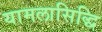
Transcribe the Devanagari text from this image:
यामलासिद्धि